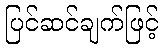
ပြင်ဆင်ချက်ဖြင့်